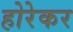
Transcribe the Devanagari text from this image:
होरेकर